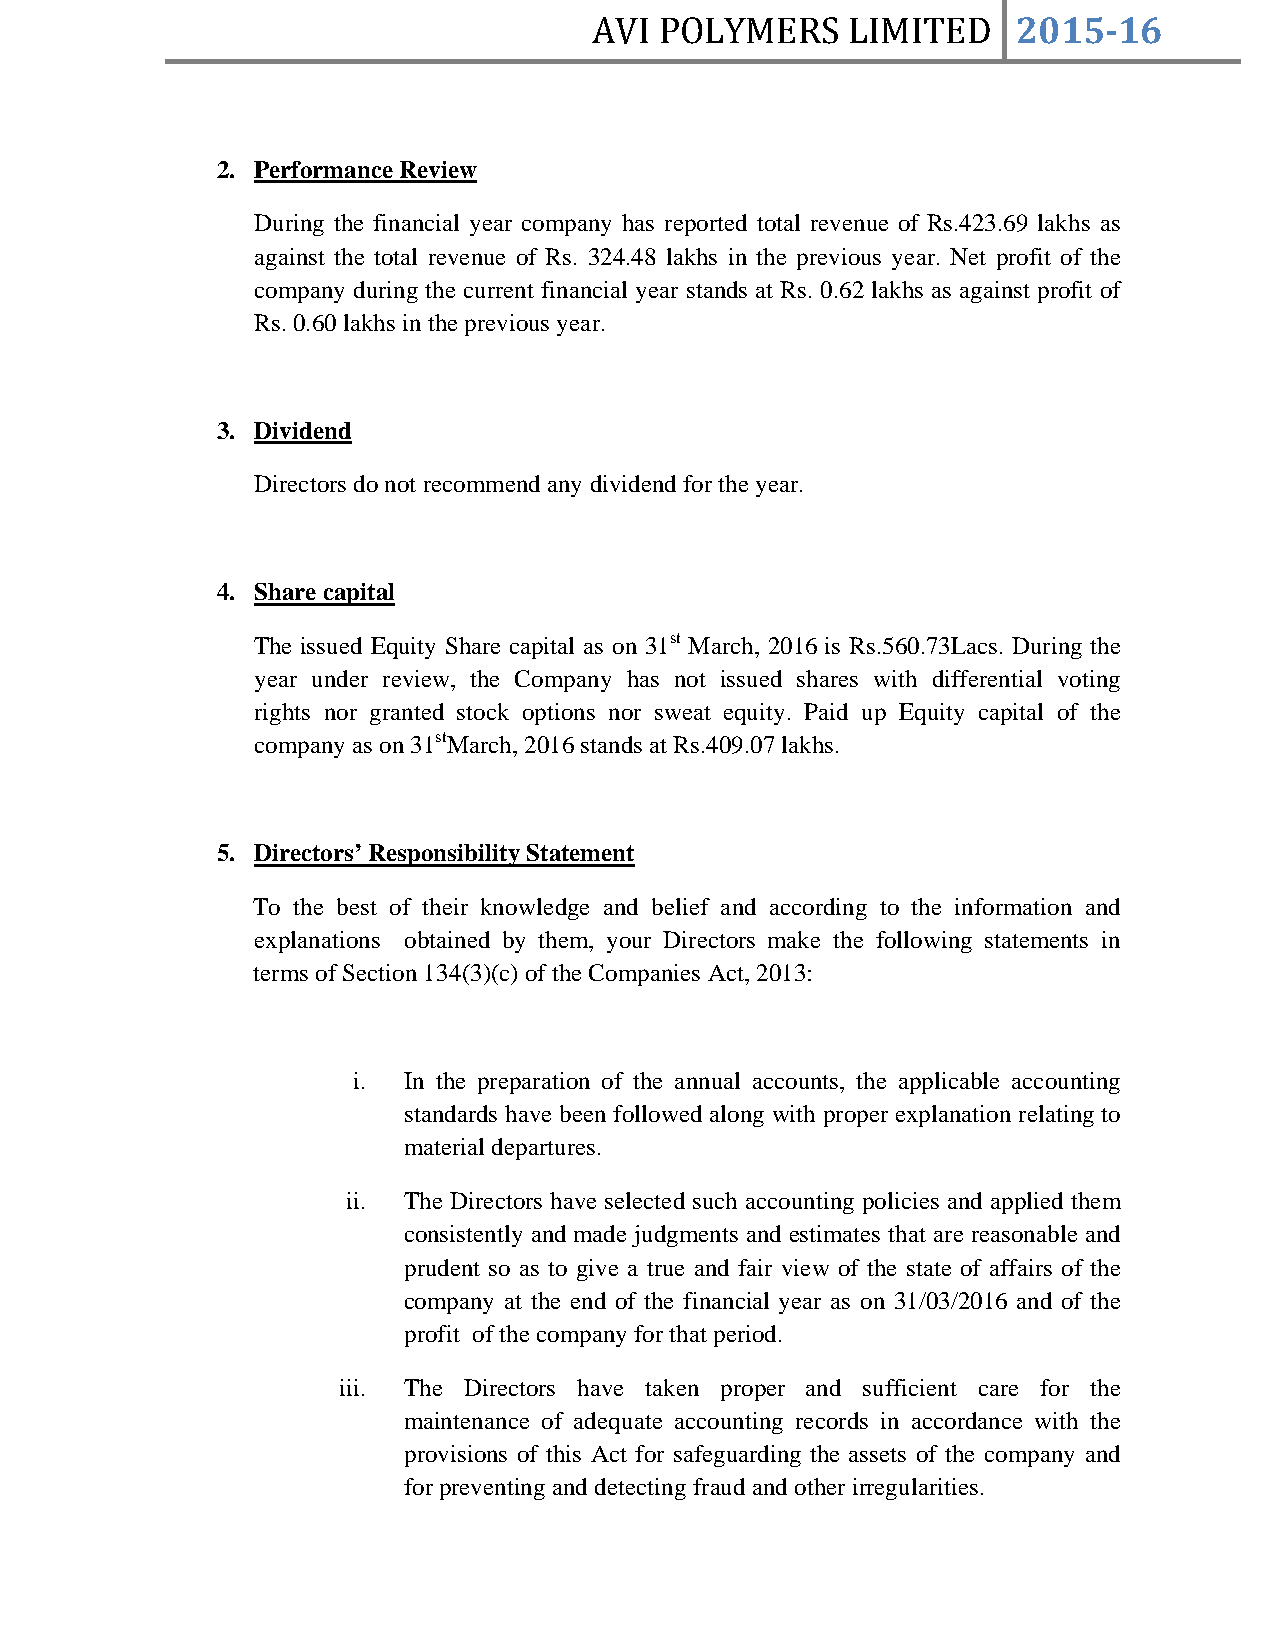
AVI  POLYMERS    LIMITED    2015­16
 2. Performance Review
 During the financial year company has reported total revenue of Rs.423.69 lakhs as
 against the total revenue of Rs. 324.48 lakhs in the previous year. Net profit of the
 company during the current financial year stands at Rs. 0.62 lakhs as against profit of
 Rs. 0.60 lakhs in the previous year.
 3. Dividend
 Directors do not recommend any dividend for the year.
 4. Share capital
 The issued Equity Share capital as on 31st March, 2016 is Rs.560.73Lacs. During the
 year under review, the Company has not issued shares with differential voting
 rights nor granted stock options nor sweat equity. Paid up Equity capital of the
 company as on 31stMarch, 2016 stands at Rs.409.07 lakhs.
 5. Directors’ Responsibility Statement
 To the best of their knowledge and belief and according to the information and
 explanations obtained by them, your Directors make the following statements in
 terms of Section 134(3)(c) of the Companies Act, 2013:
 i.  In the preparation of the annual accounts, the applicable accounting
 standards have been followed along with proper explanation relating to
 material departures.
 ii. The Directors have selected such accounting policies and applied them
 consistently and made judgments and estimates that are reasonable and
 prudent so as to give a true and fair view of the state of affairs of the
 company at the end of the financial year as on 31/03/2016 and of the
 profit of the company for that period.
 iii. The Directors have taken proper and sufficient care for the
 maintenance of adequate accounting records in accordance with the
 provisions of this Act for safeguarding the assets of the company and
 for preventing and detecting fraud and other irregularities.